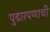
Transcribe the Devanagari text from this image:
पुढारपणाची